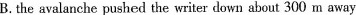
B. the avalanche pushed the writer down about 300 m away